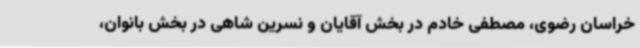
خراسان رضوی، مصطفی خادم در بخش آقایان و نسرین شاهی در بخش بانوان،